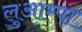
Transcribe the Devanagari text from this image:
लुआम्पा